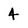
Character: 4